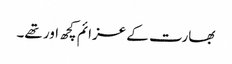
بھارت کے عزائم کچھ اور تھے۔